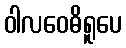
ဝါလဝေဓိရူပေ